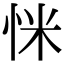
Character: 𢘺